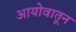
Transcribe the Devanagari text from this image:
आयोवातून